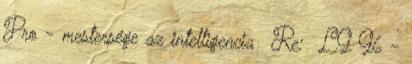
Pro - mestersége az intelligencia Re: LG G6 -